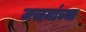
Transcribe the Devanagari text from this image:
जखमांच्या